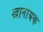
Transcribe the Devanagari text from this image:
खानायक